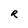
Character: R